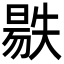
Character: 𣉺